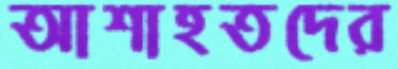
আশাহতদের